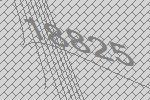
18825